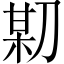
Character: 𠝼